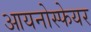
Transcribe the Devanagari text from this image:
आयनोस्फेयर